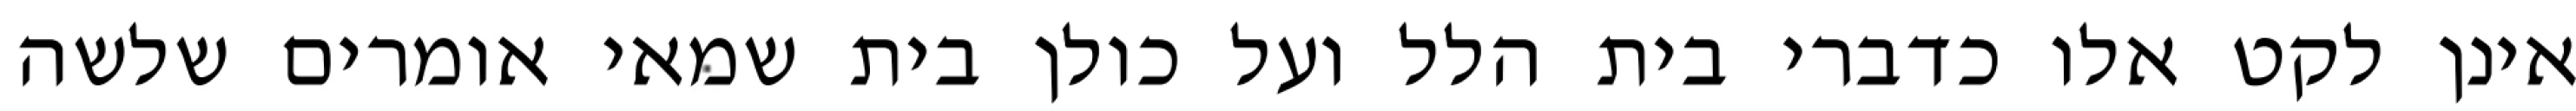
אינן לקט אלו כדברי בית הלל ועל כולן בית שמאי אומרים שלשה